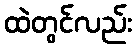
ထဲတွင်လည်း